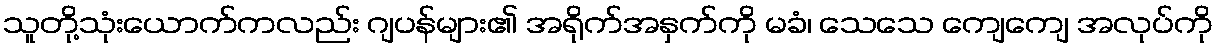
သူတို့သုံးယောက်ကလည်း ဂျပန်များ၏ အရိုက်အနှက်ကို မခံ၊ သေသေ ကျေကျေ အလုပ်ကို